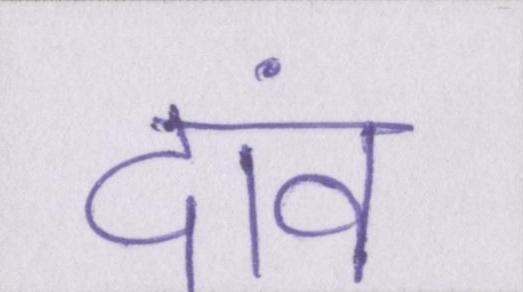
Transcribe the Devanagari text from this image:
दांव